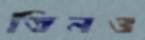
তিনও